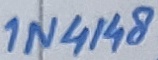
Text: 1N4148